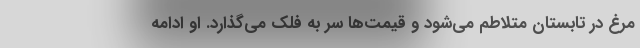
مرغ در تابستان متلاطم می‌شود و قیمت‌ها سر به فلک می‌گذارد. او ادامه